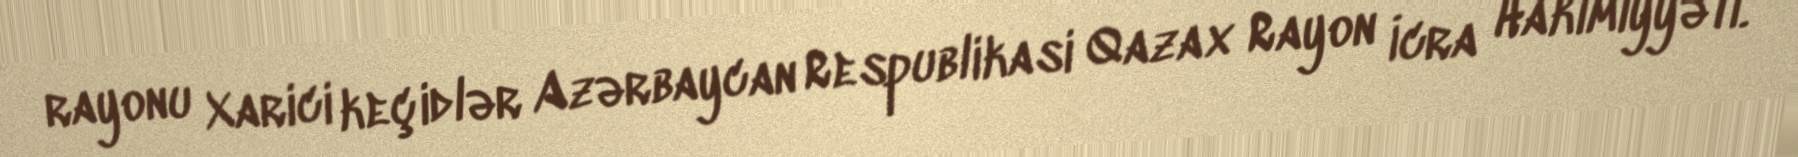
rayonu Xarici keçidlər Azərbaycan Respublikasi Qazax Rayon İcra Hakimiyyəti.